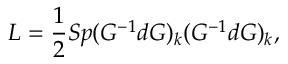
L = { \frac { 1 } { 2 } } S p ( G ^ { - 1 } d G ) _ { k } ( G ^ { - 1 } d G ) _ { k } ,